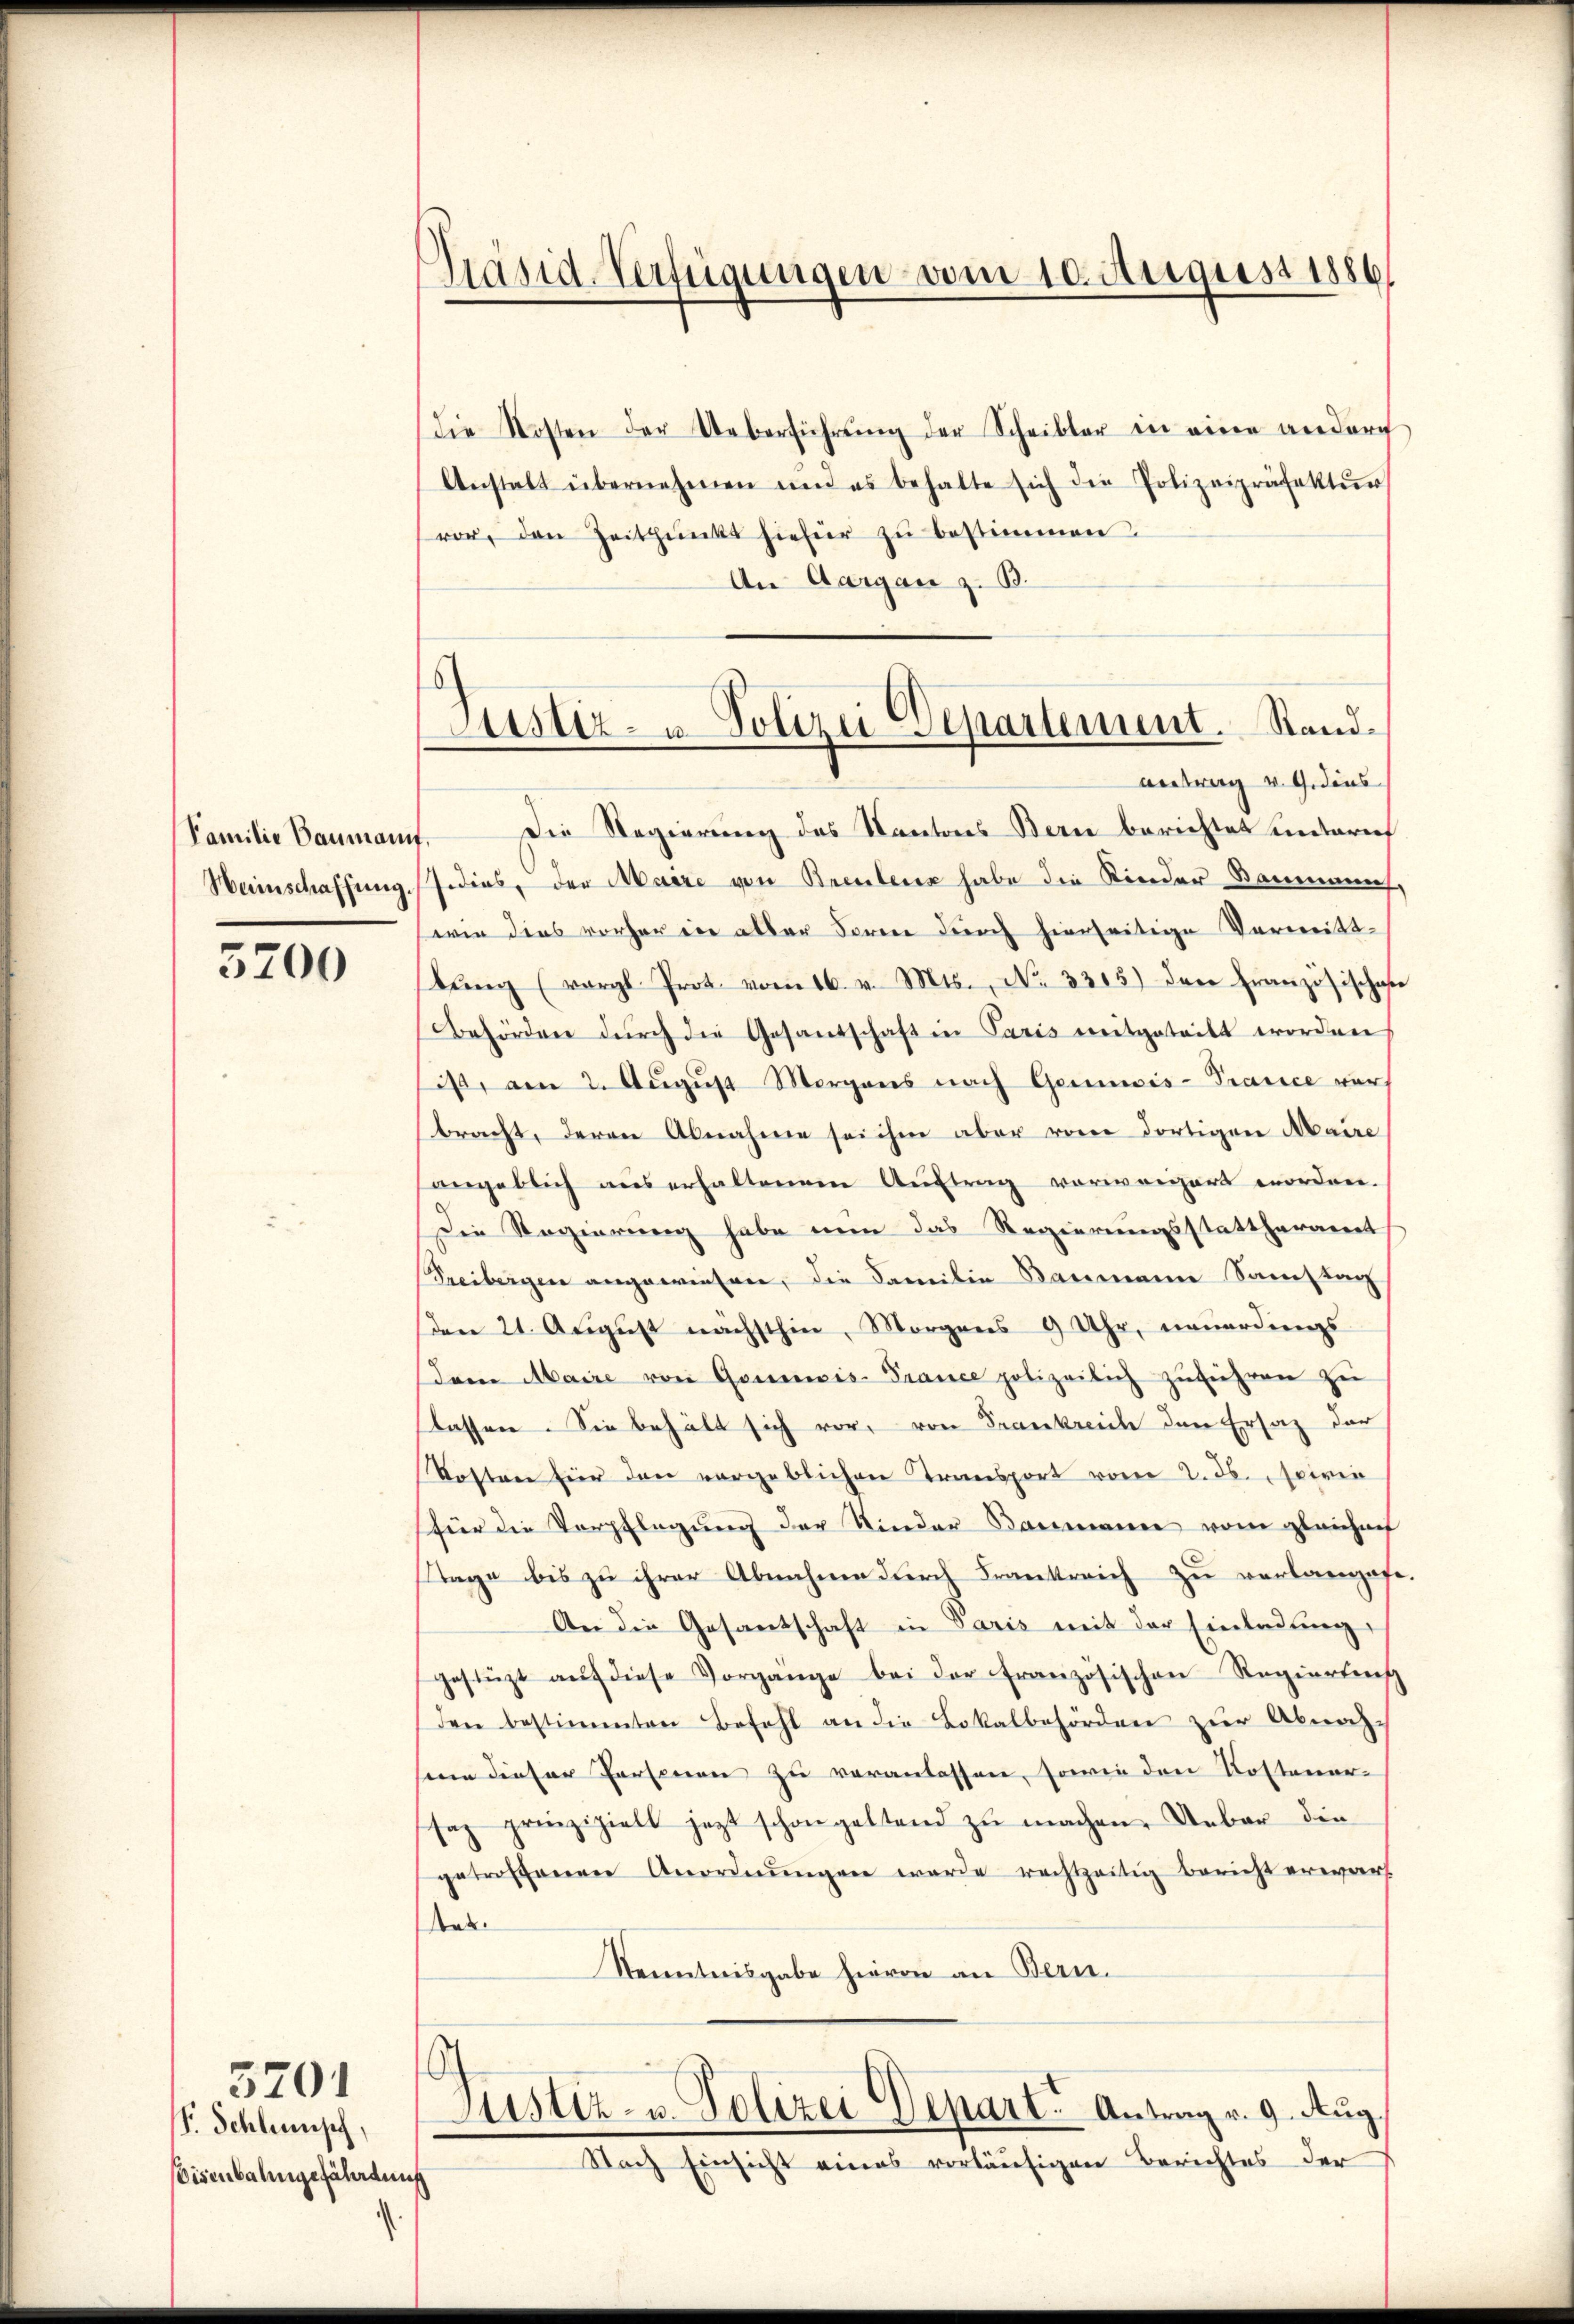
Familie Baumann,

5200

F. Schlumph,
Eisenbahngefährdung

5201

die Kosten der Ueberführŭng der Scheibler in eine andere
Anstalt übernehmen und es behalte sich die Polizeipräfektŭr
vor, den Zeitpunkt hiefür zŭ bestimmen.
An Aargau z. B.
Antrag v. Gedins
Die Regierung des Kantons Bern berichtet unterief
Weinschaffung. J. dies, der Maire von Brentenz habe die Kinder Baumannes,
wie dies vorher in aller Forme durch hierseitige Vermittbŭng (vergl. Prot. vom 16. v. Mts., No 3315) den Französisches
behörden dŭrch die Gesandschaft in Paris mitgeteilt worden
ist, am 2. Aŭgŭst Morgens nach Gewis-Prance vor
bracht, deren Abnahme sei ihm aber von dortigen Maire
angeblich aus erhaltenem Aŭftrag vorweigert worden.
Die Regierung habe nun das Regierungsstattharament
Treibergen angewiesen, die Familie Baumann Samstag
den 21. Aŭgŭst nächsthin, Morgens 9 Uhr, neuerdings
dem Maire von Gominis-France polizeilich zuführen zu
flassen. Sie behält sich vor, von Frankreich den Ersatz der
Kosten hier den vergeblichen Transport vom 2. ds. spirie
für die Verpflegung der Kinder Baumann vom gleichen
tage bis zu ihrer Abnahme durch Frankreich zu verlangefe
An die Gesantschaft in Paris mit der Einladung,
gestüzt aŭf diese Vorgänge bei der französischen Regierung
den bestimmten Befehl an die Lokalbehörden zur Abnah-
sene dieser Personen zu veranlassen, sowie den Kostener-
saz prinzipiell jezt schon geltend zu machen. Ueber die
getroffenen Anordnŭngen werde rechtzeitig Bericht erwarf.
sten.
Kenntnisgabe hievon an Bern.
Justiz- u. Polizei Depart. Antrag v. 9. Aug.
Nach Einsicht eines vorläufigen Berichtes der

Präsid-Verfügungen vom 10. August 1886

Justiz- u. Polizei Departement. Stand¬